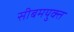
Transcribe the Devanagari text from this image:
सीबमयुक्त